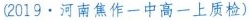
（2019·河南焦作一中高一上质检)）